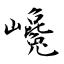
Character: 巉